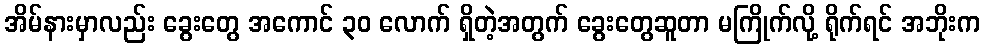
အိမ်နားမှာလည်း ခွေးတွေ အကောင် ၃၀ လောက် ရှိတဲ့အတွက် ခွေးတွေဆူတာ မကြိုက်လို့ ရိုက်ရင် အဘိုးက